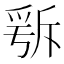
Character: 𣂭